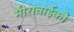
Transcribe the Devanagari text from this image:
मीराबाईको